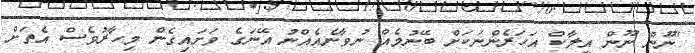
"ނޫން ނޫން އީލާކް އަހަރެންނަކަށް ބޭނުމެއް ނުވާނެއެއްނު އޭނަގެ ވަށައިގެން މިހާރުވެސް އެތަށް